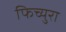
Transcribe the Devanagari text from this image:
फिच्युरा